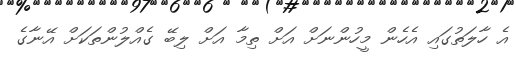
އެ ހާލަތުގައި އެހެން މީހުންނަށް އަށް ތިމާ އަށް ލިބޭ ގެއްލުންތަކަށް އޭނާގެ